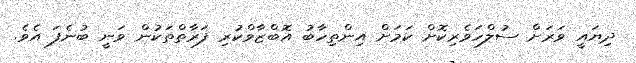
ދިޔައީ ވަރަށް ސުލްހަވެރިކޮށް ކަމަށް އިންތިހާބު އޮބްޒާވްކުރި ފަރާތްތަކުން ވަނީ ބުނެފަ އެވެ.